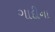
ગાદીના